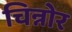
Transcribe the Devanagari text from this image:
चिन्नोर